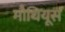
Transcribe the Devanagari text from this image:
मौथियूस